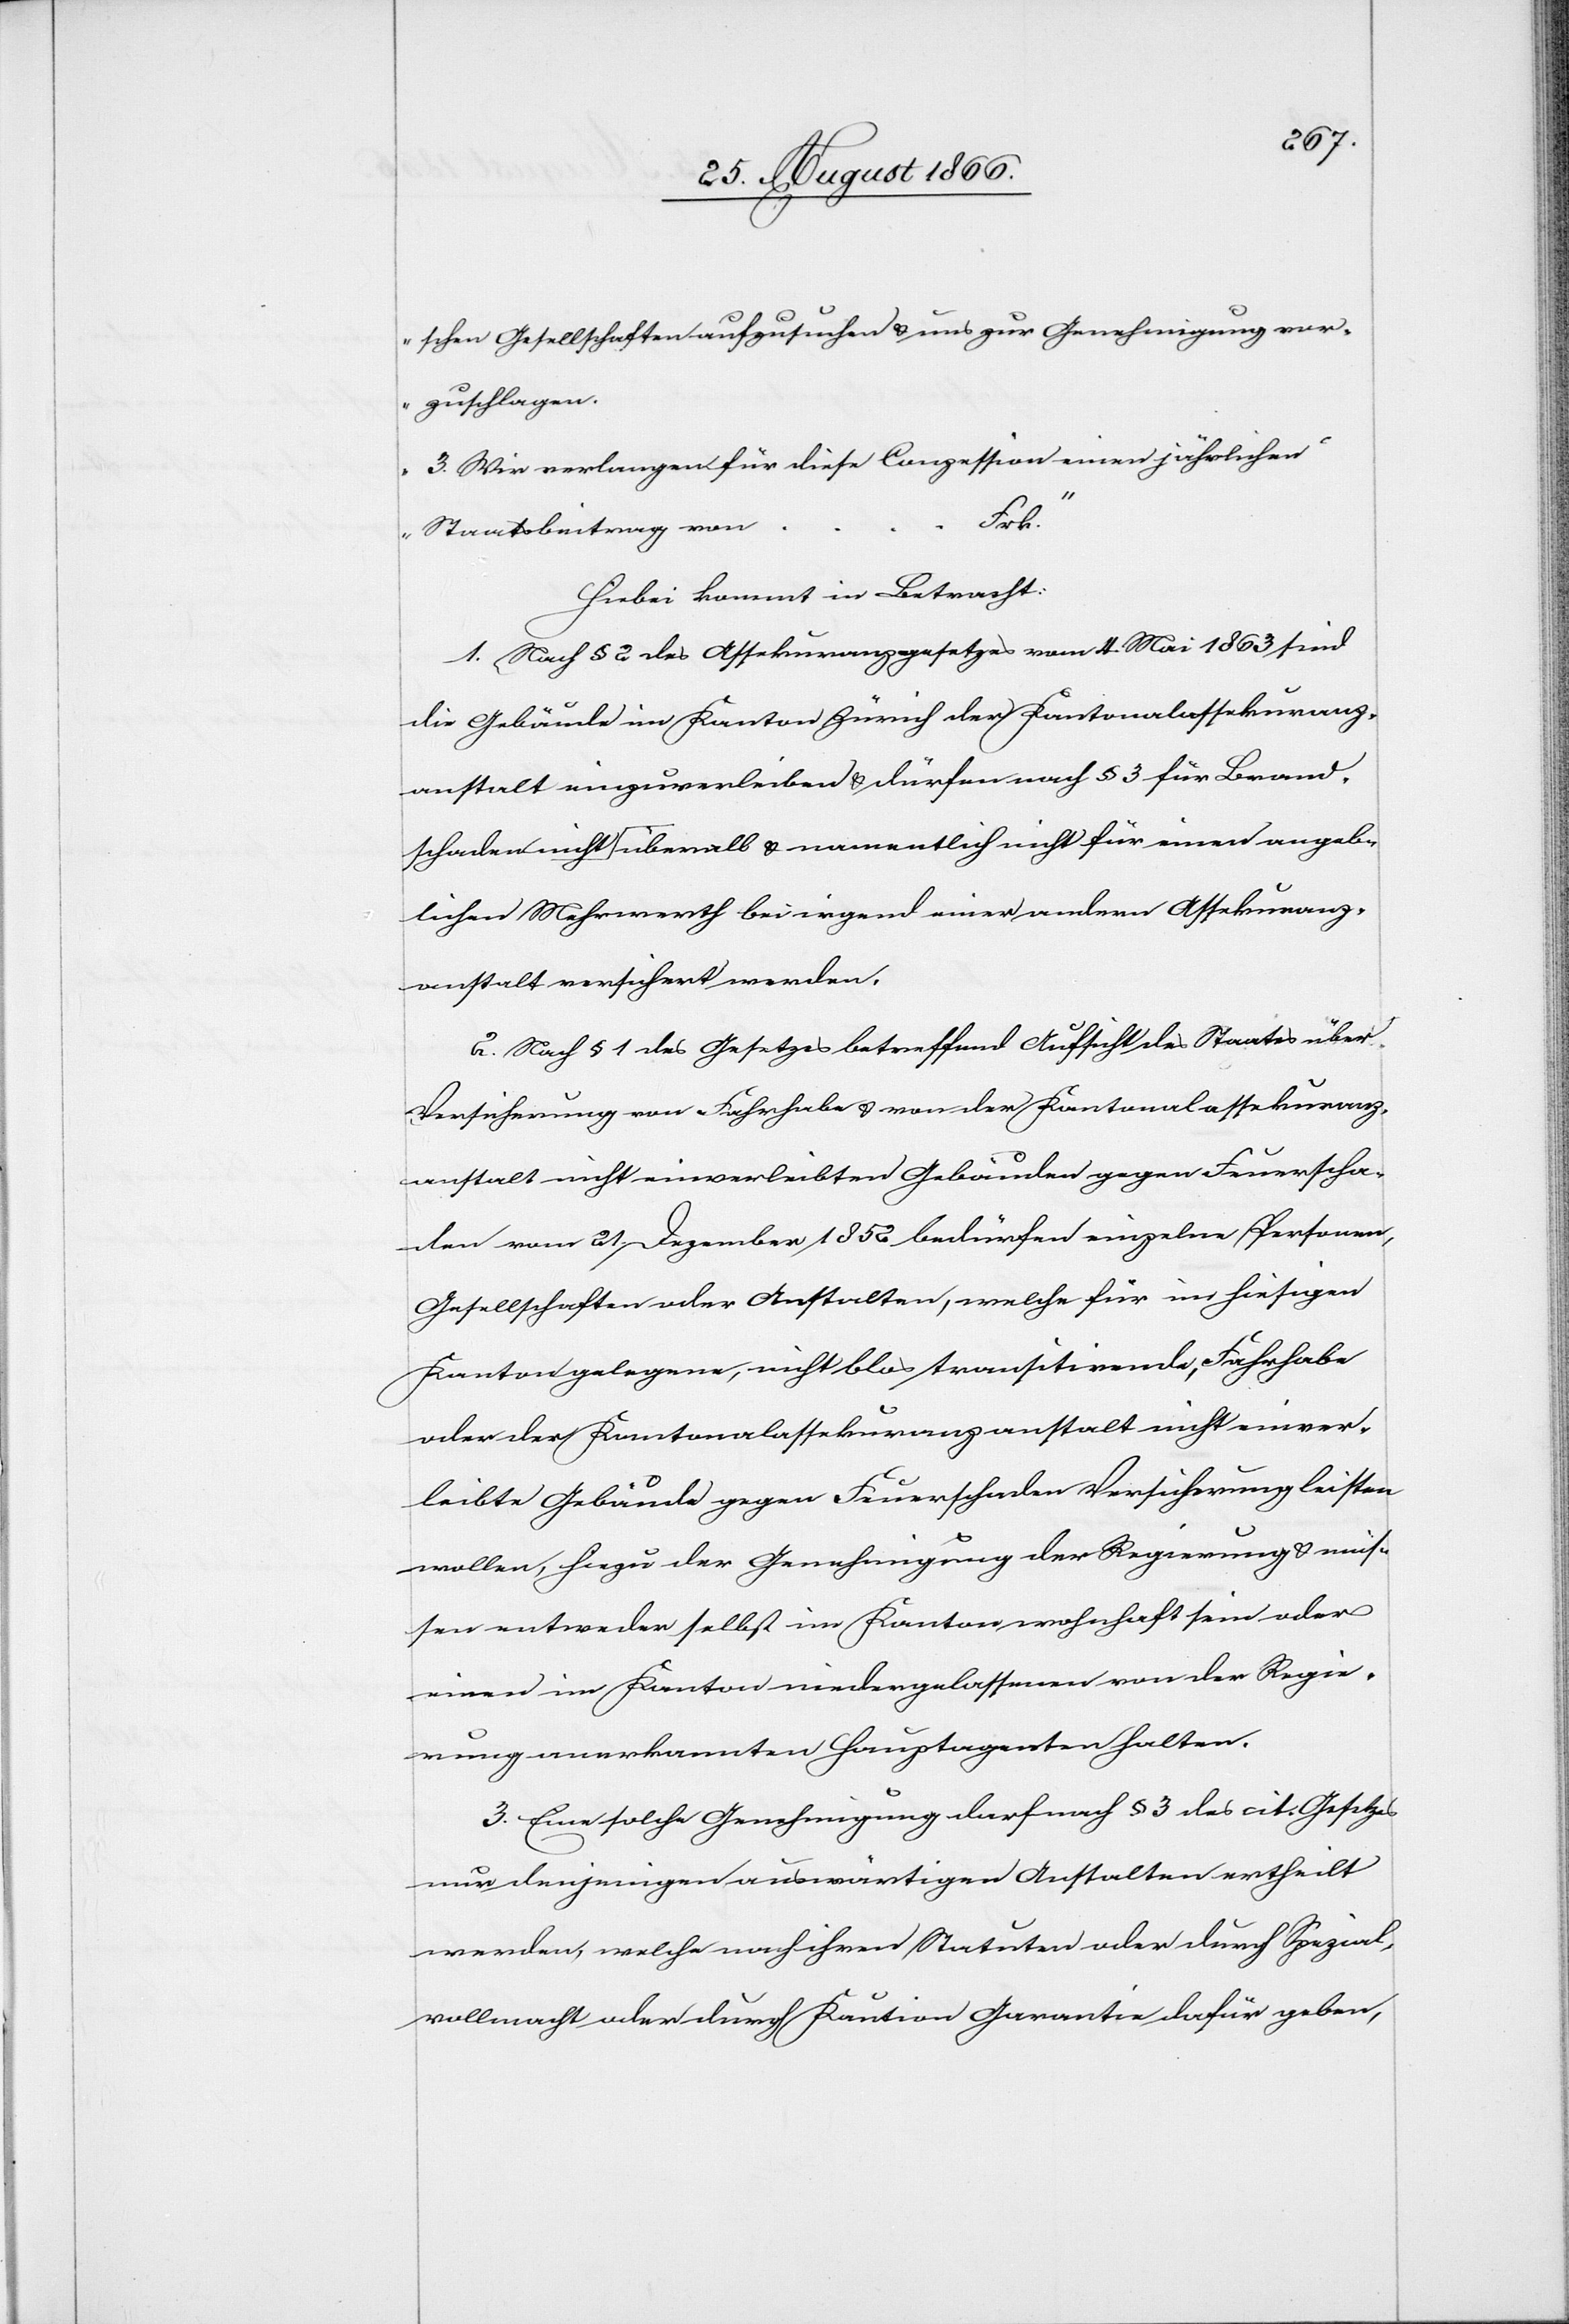
schen Gesellschaften aufzusuchen u. uns zur Genehmigung vor¬
zuschlagen.
3. Wir verlangen für diese Conzession eine jährlichen
Frk.“
Staatsbeitrag von
Hiebei kommt in Betracht:
1. Nach § 2 des Assekuranzgesetzes vom 4. Mai 1863 sind
die Gebäude im Kanton Zürich der Kantonalassekuranz¬
anstalt einzuverleiben u. dürfen nach § 3 für Brand¬
schaden nicht überall u. namentlich nicht für einen angeb¬
lichen Mehrwerth bei irgend einer andern Assekuranz¬
anstalt versichert werden.
2. Nach § 1 des Gesetzes betreffend Aufsicht des Staats über
Versicherung von Fahrhabe- u. von der Kantonalassekuranz¬
anstalt nicht einverleibten Gebäuden gegen Feuerscha¬
den vom 21. Dezember 1852 bedürfen einzelne Personen,
Gesellschaften oder Anstalten, welche für im hiesigen
Kanton gelegene, nicht blos transitionale, Fahrhabe
oder der Kantonalassekuranzanstalt nicht einver¬
leibte Gebäude gegen Feuerschaden Versicherung leisten
wollen, hiezu der Genehmigung der Regierung u. müs¬
sen entweder selbst im Kanton wohnhaft sein oder
einen im Kanton niedergelassenen von der Regie¬
rung anerkannten Hauptagenten halten.
3. Eine solche Genehmigung darf nach § 3 des cit. Gesetzes
nur denjenigen auswärtigen Anstalten ertheilt
werden, welche nach ihren Statuten oder durch Spezial¬
vollmacht oder durch Kaution Garantie dafür geben,